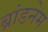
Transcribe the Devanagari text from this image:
ब्रांडनेम